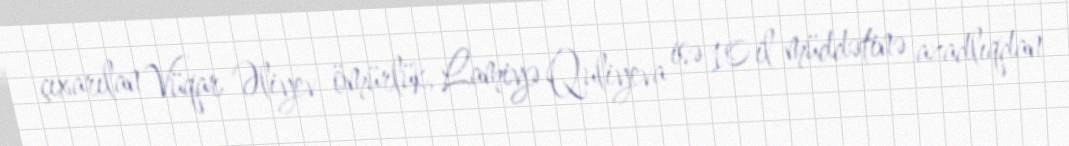
çıxarılan Vüqar Əliyev ömürlük, Lamiyə Quliyeva isə 10 il müddətinə azadlıqdan